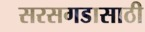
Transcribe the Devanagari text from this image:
सरसगडासाठी